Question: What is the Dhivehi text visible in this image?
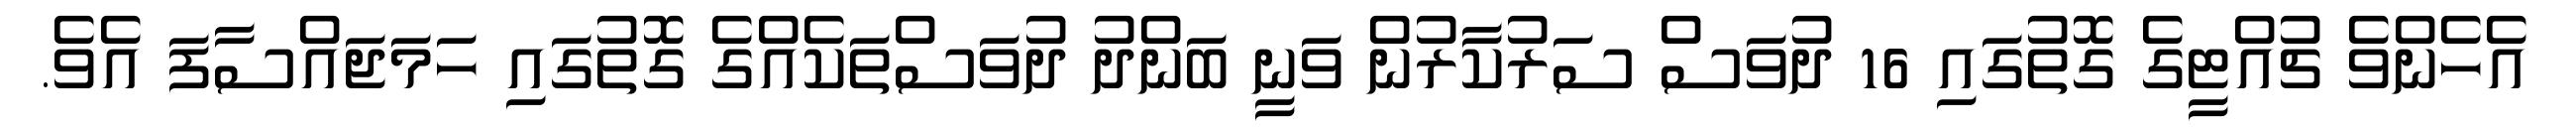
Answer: އެހެންވެ ޗުއްޓީގެ ގޮތުގައި 16 ދުވަސް ސަރުކާރުން ވަނީ ބަންދު ދުވަސްތަކެއްގެ ގޮތުގައި ހަމަޖައްސާފަ އެވެ.